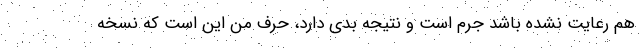
هم رعایت نشده باشد جرم است و نتیجه بدی دارد، حرف من این است که نسخه